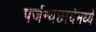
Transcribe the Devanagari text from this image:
पर्जन्यछायेमध्ये